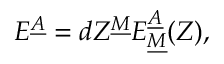
E ^ { \underline { { A } } } = d Z ^ { \underline { { M } } } E _ { \underline { { M } } } ^ { \underline { { A } } } ( Z ) ,